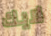
لايك